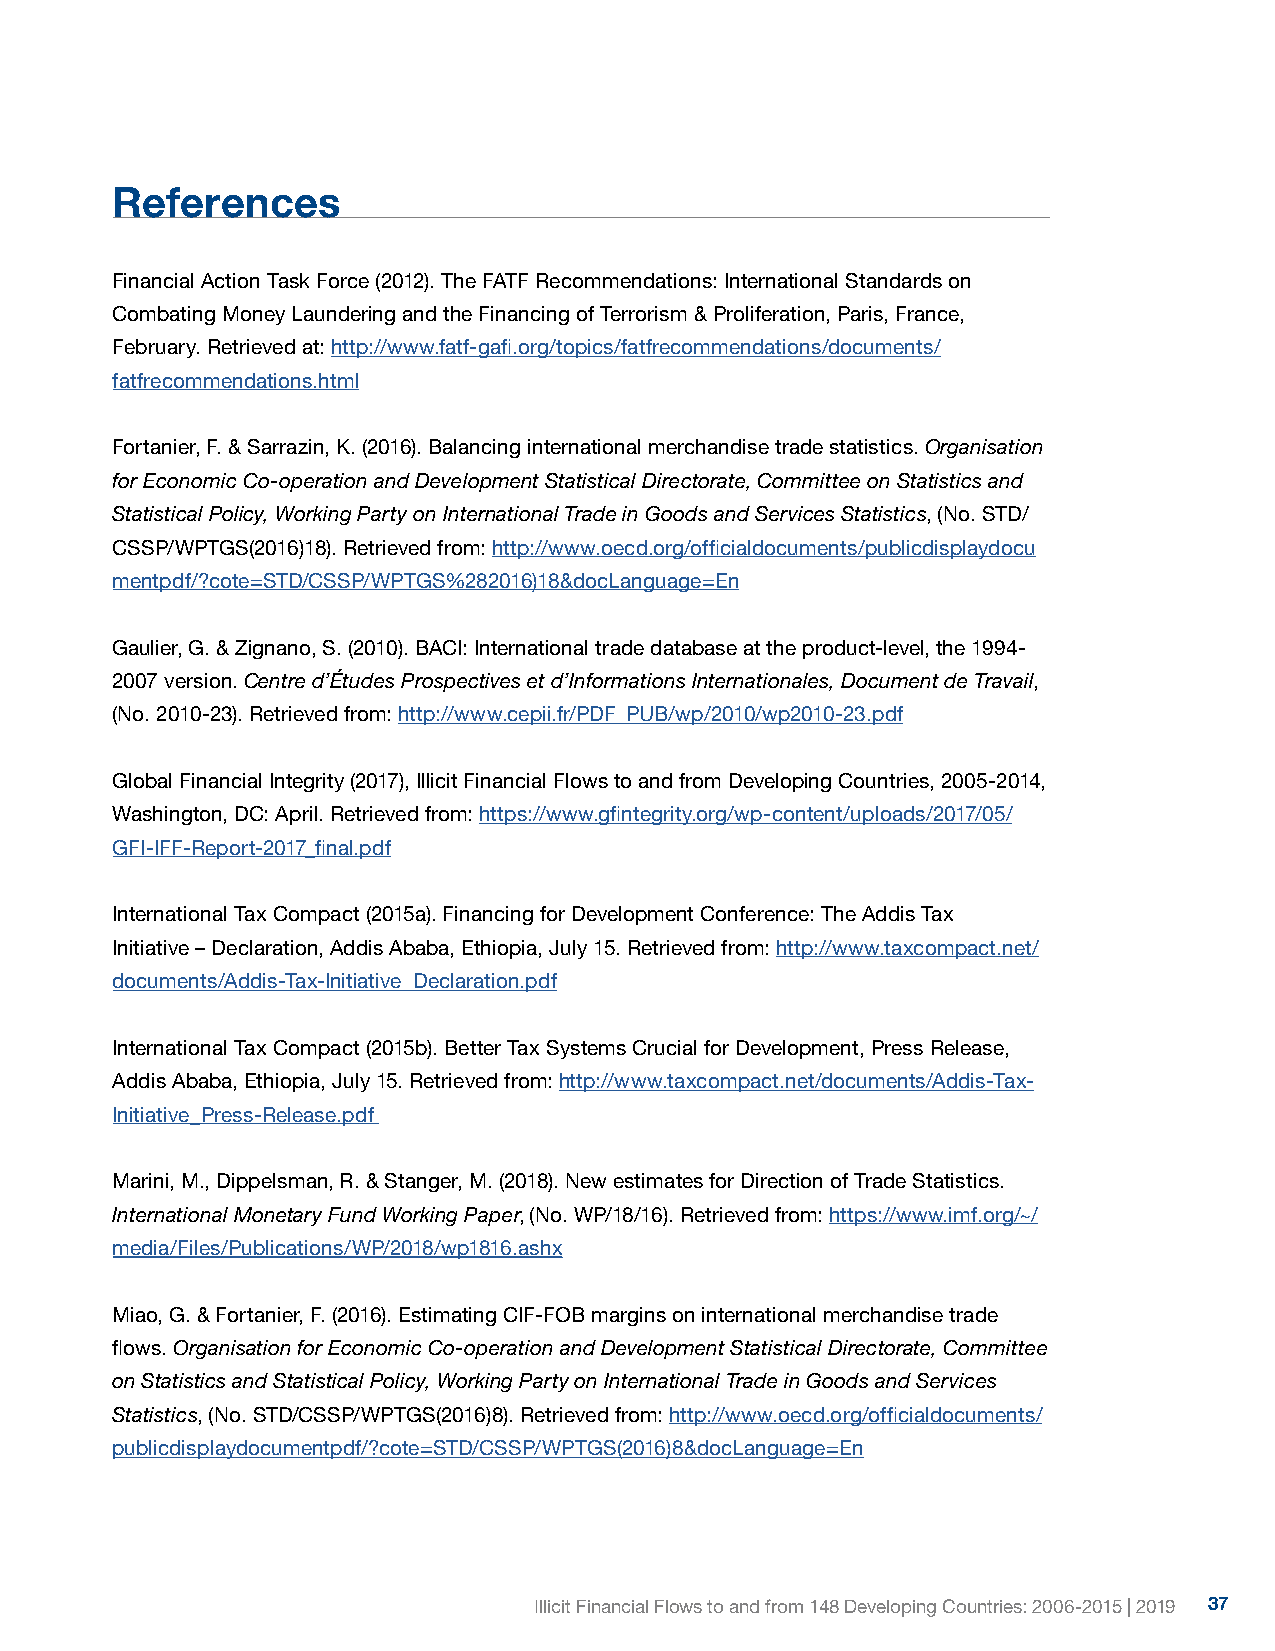
References
 Financial Action Task Force (2012). The FATF Recommendations: International Standards on
 Combating Money Laundering and the Financing of Terrorism & Proliferation, Paris, France,
 February. Retrieved at: http://www.fatf-gafi.org/topics/fatfrecommendations/documents/
 fatfrecommendations.html
 Fortanier, F. & Sarrazin, K. (2016). Balancing international merchandise trade statistics. Organisation
 for Economic Co-operation and Development Statistical Directorate, Committee on Statistics and
 Statistical Policy, Working Party on International Trade in Goods and Services Statistics, (No. STD/
 CSSP/WPTGS(2016)18). Retrieved from: http://www.oecd.org/officialdocuments/publicdisplaydocu
 mentpdf/?cote=STD/CSSP/WPTGS%282016)18&docLanguage=En
 Gaulier, G. & Zignano, S. (2010). BACI: International trade database at the product-level, the 1994-
 2007 version. Centre d’Études Prospectives et d’Informations Internationales, Document de Travail,
 (No. 2010-23). Retrieved from: http://www.cepii.fr/PDF_PUB/wp/2010/wp2010-23.pdf
 Global Financial Integrity (2017), Illicit Financial Flows to and from Developing Countries, 2005-2014,
 Washington, DC: April. Retrieved from: https://www.gfintegrity.org/wp-content/uploads/2017/05/
 GFI-IFF-Report-2017_final.pdf
 International Tax Compact (2015a). Financing for Development Conference: The Addis Tax
 Initiative – Declaration, Addis Ababa, Ethiopia, July 15. Retrieved from: http://www.taxcompact.net/
 documents/Addis-Tax-Initiative_Declaration.pdf
 International Tax Compact (2015b). Better Tax Systems Crucial for Development, Press Release,
 Addis Ababa, Ethiopia, July 15. Retrieved from: http://www.taxcompact.net/documents/Addis-Tax-
 Initiative_Press-Release.pdf
 Marini, M., Dippelsman, R. & Stanger, M. (2018). New estimates for Direction of Trade Statistics.
 International Monetary Fund Working Paper, (No. WP/18/16). Retrieved from: https://www.imf.org/~/
 media/Files/Publications/WP/2018/wp1816.ashx
 Miao, G. & Fortanier, F. (2016). Estimating CIF-FOB margins on international merchandise trade
 flows. Organisation for Economic Co-operation and Development Statistical Directorate, Committee
 on Statistics and Statistical Policy, Working Party on International Trade in Goods and Services
 Statistics, (No. STD/CSSP/WPTGS(2016)8). Retrieved from: http://www.oecd.org/officialdocuments/
 publicdisplaydocumentpdf/?cote=STD/CSSP/WPTGS(2016)8&docLanguage=En
 Illicit Financial Flows to and from 148 Developing Countries: 2006-2015 | 2019 37